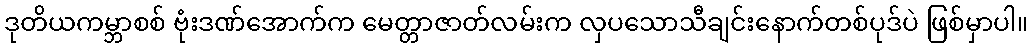
ဒုတိယကမ္ဘာစစ် ဗုံးဒဏ်အောက်က မေတ္တာဇာတ်လမ်းက လှပသောသီချင်းနောက်တစ်ပုဒ်ပဲ ဖြစ်မှာပါ။